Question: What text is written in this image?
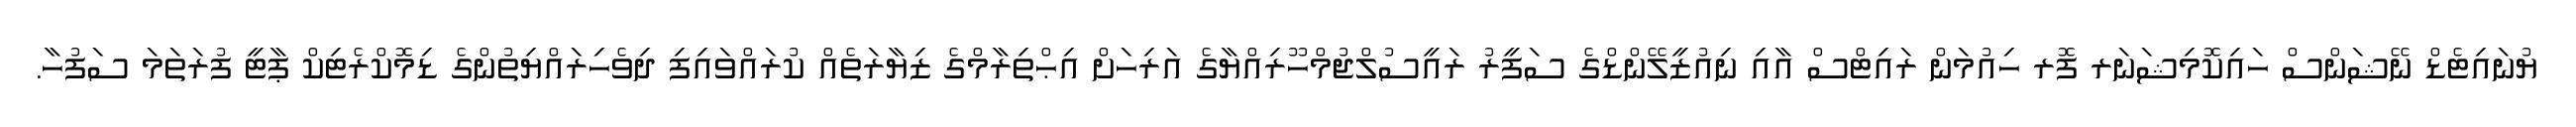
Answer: ޔުނައިޓެޑް ނޭޝަންސް ހައިކޮމިޝަނަރ ފޮރ ހިއުމަން ރައިޓްސް އާއި ނިއުޒީލޭންޑްގެ ސަފީރު ރައީސުލްޖުމްހޫރިއްޔާގެ އަރިހަށް އިޙްތިރާމްގެ ޒިޔާރަތެއް ކުރައްވައިފި ދިވެހިރައްޔިތުންގެ ޑިމޮކްރެޓިކް ޕާޓީ ފުރަތަމަ ސަފުހާ.